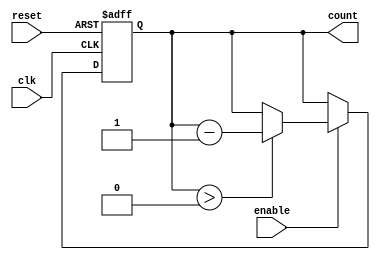
module binary_down_counter #(
    parameter N = 4  // Number of bits for the counter
)(
    input wire clk,       // Clock signal
    input wire reset,     // Asynchronous reset signal
    input wire enable,    // Enable signal for counting
    output reg [N-1:0] count // Current count value
);

// Maximum count value
localparam MAX_COUNT = (1 << N) - 1; // 2^N - 1

// Always block for synchronous reset and counting
always @(posedge clk or posedge reset) begin
    if (reset) begin
        count <= MAX_COUNT; // Reset to maximum value
    end else if (enable) begin
        if (count > 0) begin
            count <= count - 1; // Decrement count
        end
        // If count is 0, it remains 0 (no wrap around)
    end
end

endmodule